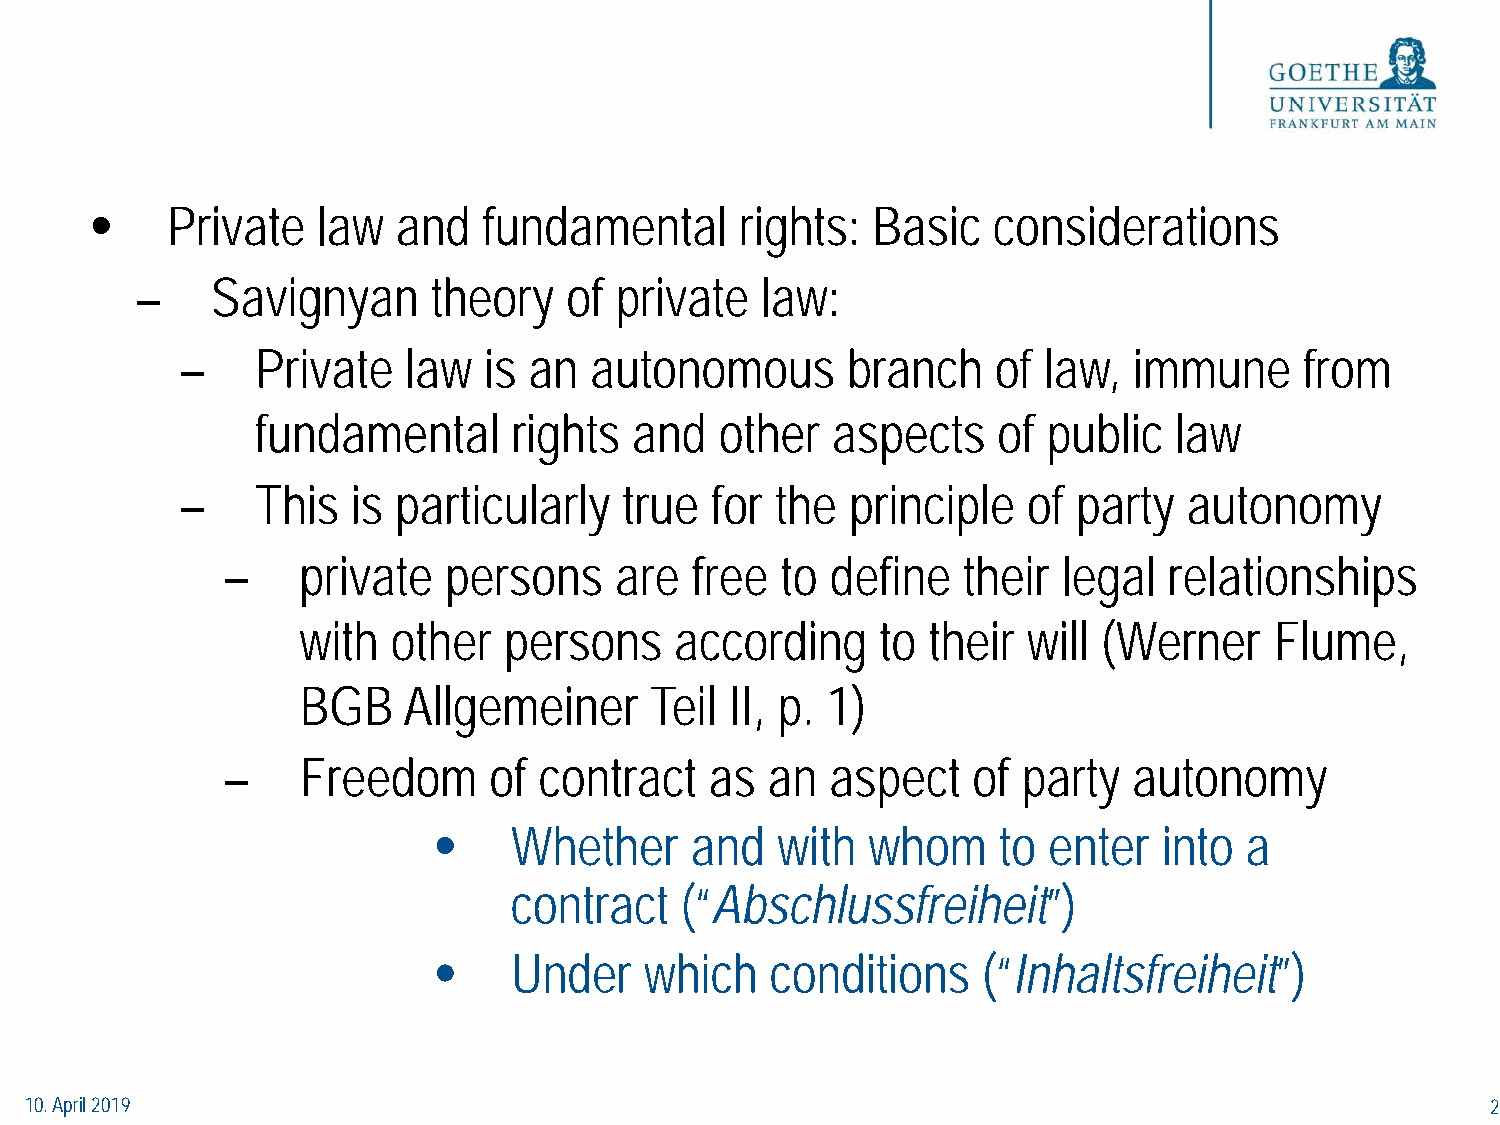
•    Private   law  and   fundamental      rights:  Basic   considerations
 –    Savignyan      theory   of private  law:
 –    Private   law  is an  autonomous       branch    of law,  immune     from
 fundamental      rights  and   other  aspects    of public   law
 –    This  is particularly   true  for the  principle   of party   autonomy
 –    private  persons     are  free  to define   their legal  relationships
 with  other  persons     according    to their  will (Werner    Flume,
 BGB    Allgemeiner     Teil II, p. 1)
 –    Freedom     of  contract   as  an  aspect   of  party  autonomy
 •    Whether     and  with  whom     to enter   into a
 contract   (“Abschlussfreiheit”)
 •    Under    which   conditions    (“Inhaltsfreiheit”)
 10. April 2019                                                                                   2